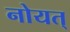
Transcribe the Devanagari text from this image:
नोयत्